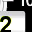
Digit: 2